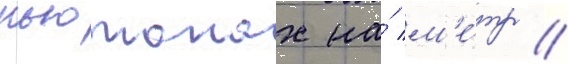
ньютонах на́ м'е́тр //